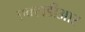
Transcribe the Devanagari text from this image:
एक्सडीआर